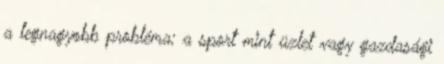
a legnagyobb probléma; a sport mint üzlet vagy gazdasági